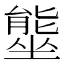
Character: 𭏿